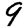
Digit: 9